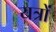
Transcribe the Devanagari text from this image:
यत्रों